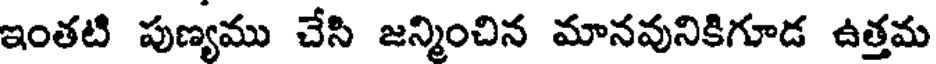
ఇంతటి పుణ్యము చేసి జన్మించిన మానవునికిగూడ ఉత్తమ